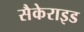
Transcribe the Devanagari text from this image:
सैकेराइड